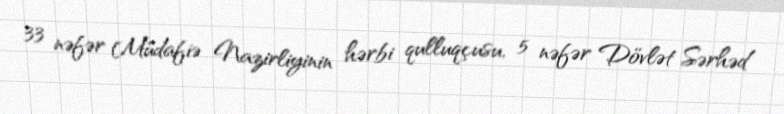
33 nəfər Müdafiə Nazirliyinin hərbi qulluqçusu, 5 nəfər Dövlət Sərhəd